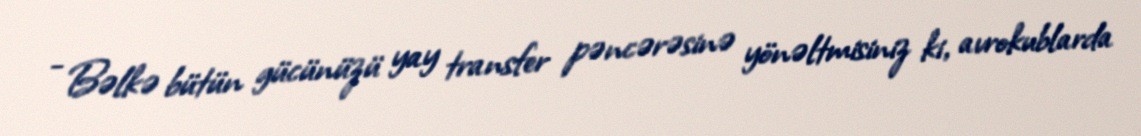
- Bəlkə bütün gücünüzü yay transfer pəncərəsinə yönəltmisiniz ki, avrokublarda